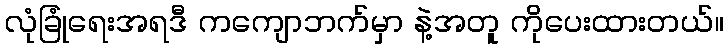
လုံခြုံရေးအရဒီ ကကျောဘက်မှာ နဲ့အတူ ကိုပေးထားတယ်။